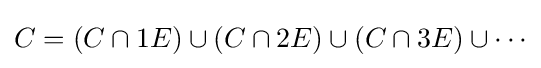
{\textstyle C=(C\cap 1E)\cup (C\cap 2E)\cup (C\cap 3E)\cup \cdots }